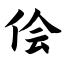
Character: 侩